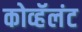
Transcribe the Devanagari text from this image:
कोव्हॅलंट